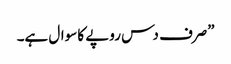
”صرف دس روپے کا سوال ہے۔